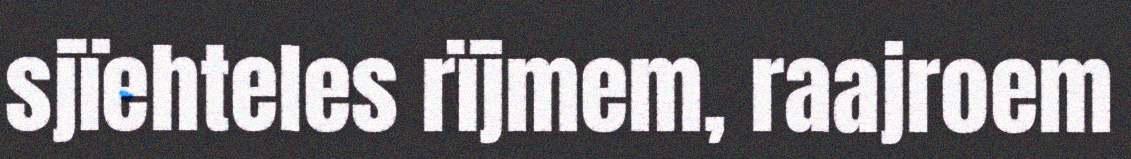
sjïehteles rïjmem, raajroem